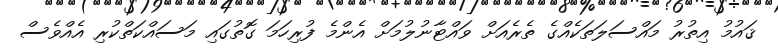
ޤައުމު އިތުރު މައްސަލަތަކެއްގެ ތެރެއަށް ވައްޓާނުލުމަށް އެންމެ ފުރިހަމަ ގޮތުގައި މަސައްކަތްކުރި އެއްވެސް